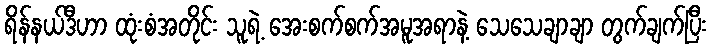
ရိန်နယ်ဒီဟာ ထုံးစံအတိုင်း သူရဲ့ အေးစက်စက်အမူအရာနဲ့ သေသေချာချာ တွက်ချက်ပြီး